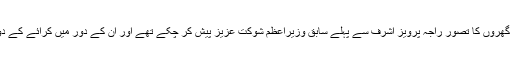
یاد رہے کہ کرائے کے بجلی گھروں کا تصور راجہ پرویز اشرف سے پہلے سابق وزیراعظم شوکت عزیز پیش کر چکے تھے اور ان کے دور میں کرائے کے دو بجلی گھر لگائے گئے تھے۔